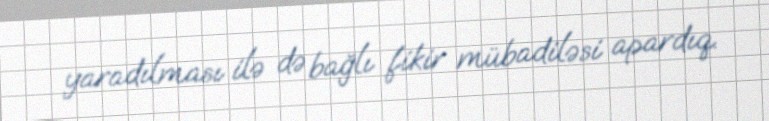
yaradılması ilə də bağlı fikir mübadiləsi apardıq.